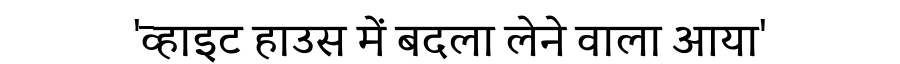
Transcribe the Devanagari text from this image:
'व्हाइट हाउस में बदला लेने वाला आया'